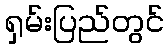
ရှမ်းပြည်တွင်